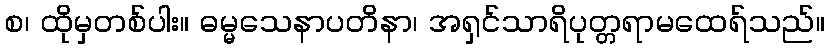
စ၊ ထိုမှတစ်ပါး။ ဓမ္မသေနာပတိနာ၊ အရှင်သာရိပုတ္တရာမထေရ်သည်။